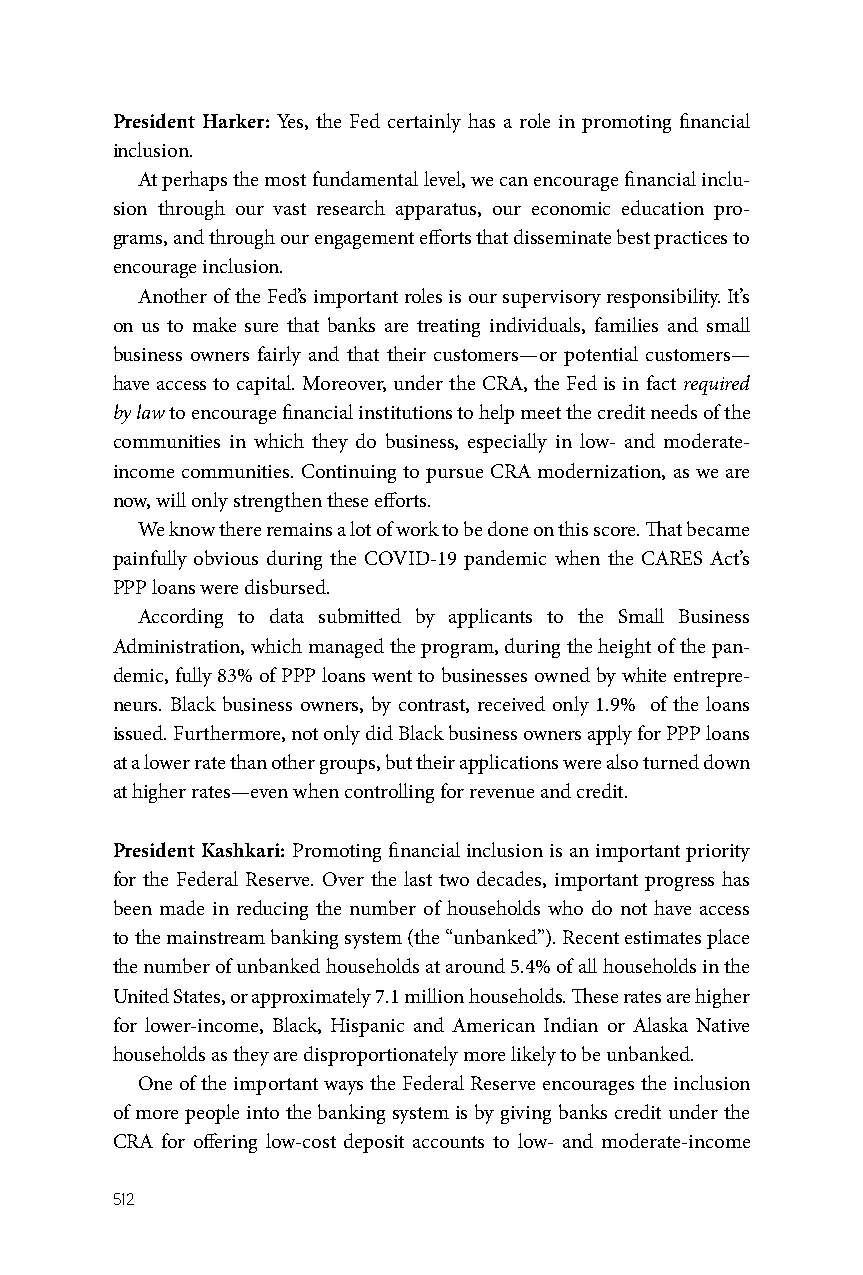
President Harker: Yes, the Fed certainly has a role in promoting financial
 inclusion.
 At perhaps the most fundamental level, we can encourage financial inclu-
 sion through our vast research apparatus, our economic education pro-
 grams, and through our engagement efforts that disseminate best practices to
 encourage inclusion.
 Another of the Fed’s important roles is our supervisory responsibility. It’s
 on us to make sure that banks are treating individuals, families and small
 business owners fairly and that their customers—or potential customers—
 have access to capital. Moreover, under the CRA, the Fed is in fact required
 by law to encourage financial institutions to help meet the credit needs of the
 communities in which they do business, especially in low- and moderate-
 income communities. Continuing to pursue CRA modernization, as we are
 now, will only strengthen these efforts.
 We know there remains a lot of work to be done on this score. That became
 painfully obvious during the COVID-19 pandemic when the CARES Act’s
 PPP loans were disbursed.
 According to data submitted by applicants to the Small Business
 Administration, which managed the program, during the height of the pan-
 demic, fully 83% of PPP loans went to businesses owned by white entrepre-
 neurs. Black business owners, by contrast, received only 1.9% of the loans
 issued. Furthermore, not only did Black business owners apply for PPP loans
 at a lower rate than other groups, but their applications were also turned down
 at higher rates—even when controlling for revenue and credit.
 President Kashkari: Promoting financial inclusion is an important priority
 for the Federal Reserve. Over the last two decades, important progress has
 been made in reducing the number of households who do not have access
 to the mainstream banking system (the “unbanked”). Recent estimates place
 the number of unbanked households at around 5.4% of all households in the
 United States, or approximately 7.1 million households. These rates are higher
 for lower-income, Black, Hispanic and American Indian or Alaska Native
 households as they are disproportionately more likely to be unbanked.
 One of the important ways the Federal Reserve encourages the inclusion
 of more people into the banking system is by giving banks credit under the
 CRA for offering low-cost deposit accounts to low- and moderate-income
 512